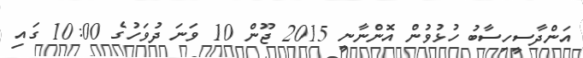
އަންދާސީހިސާބު ހުޅުވުން އޮންނާނީ 2015 ޖޫން 10 ވަނަ ދުވަހުގެ 10:00 ގައި